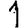
Digit: 1